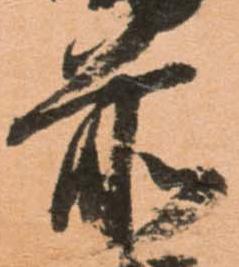
前